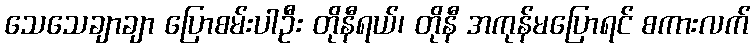
သေသေချာချာ ပြောစမ်းပါဦး တိုနီရယ်၊ တိုနီ အကုန်မပြောရင် စကားလက်